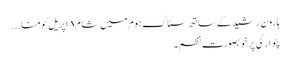
ہارون رشید کے ساتھ سٹاک ہوم میں شام ۸ اپریل کو منا...
پٹوارگی پر خوبصورت نظم۔